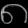
Digit: ၈